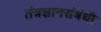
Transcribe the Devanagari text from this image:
तंत्रज्ञानसंबंधी